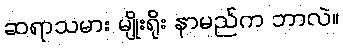
ဆရာသမား မျိုးရိုး နာမည်က ဘာလဲ။